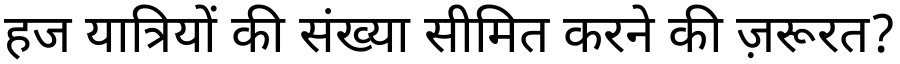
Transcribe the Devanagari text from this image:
हज यात्रियों की संख्या सीमित करने की ज़रूरत?